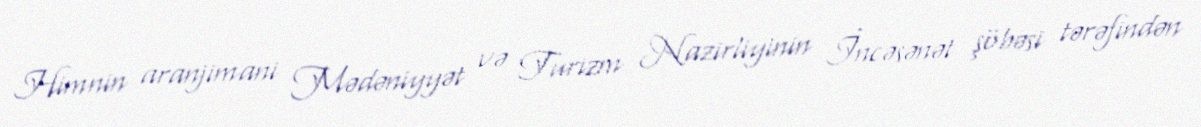
Himnin aranjimani Mədəniyyət və Turizm Nazirliyinin İncəsənət şöbəsi tərəfindən